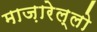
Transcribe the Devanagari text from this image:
माज़ारेल्लो